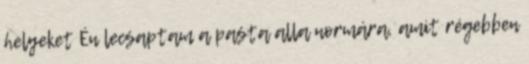
helyeket Én lecsaptam a pasta alla normára, amit régebben